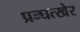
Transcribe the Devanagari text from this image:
प्रन्घत्खेर